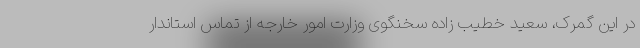
در این گمرک، سعید خطیب زاده سخنگوی وزارت امور خارجه از تماس استاندار